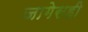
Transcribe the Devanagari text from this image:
जागेसही